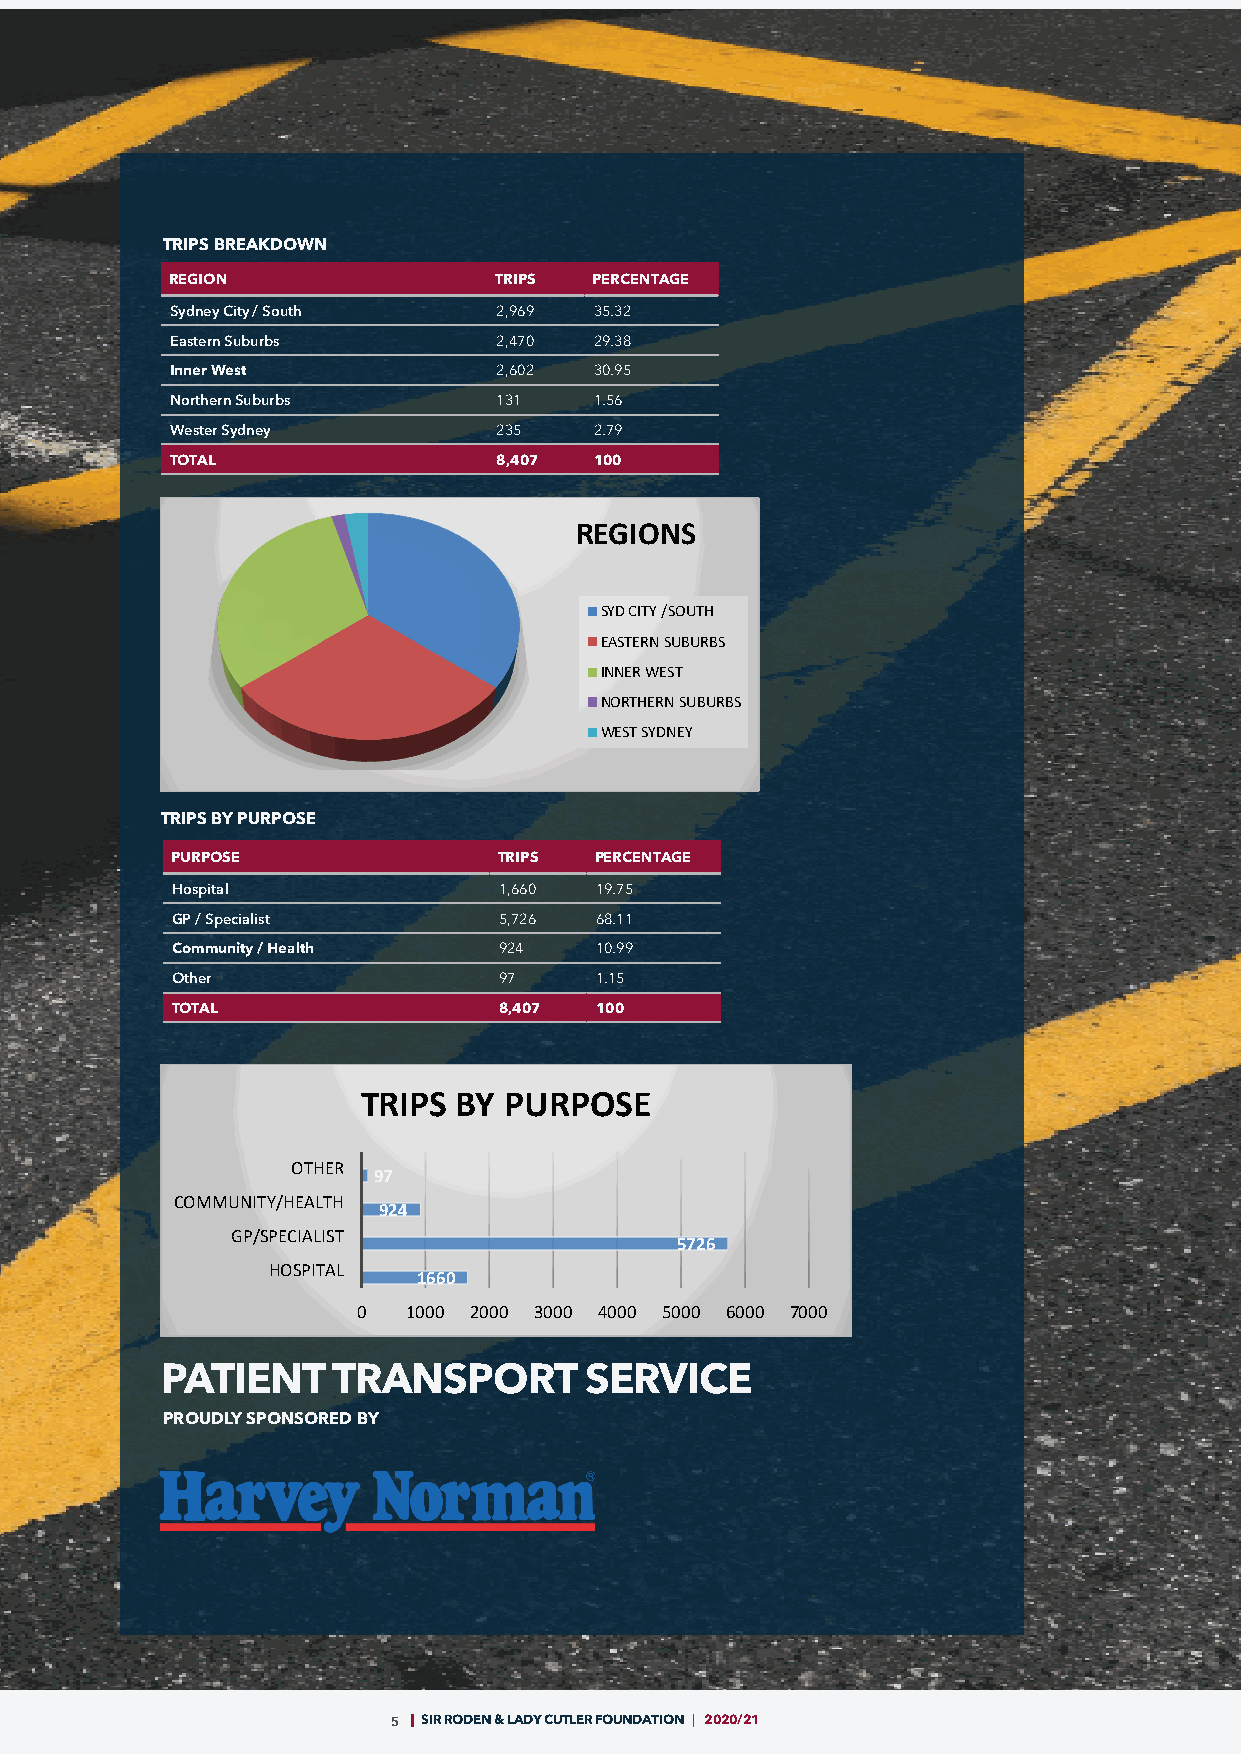
TRIPS BREAKDOWN
 REGION                TRIPS PERCENTAGE
 Sydney City / South   2,969 35.32
 Eastern Suburbs       2,470 29.38
 Inner West            2,602 30.95
 Northern Suburbs      131   1.56
 Wester Sydney         235   2.79
 TOTAL                 8,407 100
 REGIONS
 SYD CITY /SOUTH
 EASTERN SUBURBS
 INNER WEST
 NORTHERN SUBURBS
 WEST SYDNEY
 TRIPS BY PURPOSE
 PURPOSE               TRIPS PERCENTAGE
 Hospital              1,660 19.75
 GP / Specialist       5,726 68.11
 Community / Health    924   10.99
 Other                 97    1.15
 TOTAL                 8,407 100
 TRIPS BY PURPOSE
 OTHER
 97
 COMMUNITY/HEALTH
 924
 GP/SPECIALIST
 5726
 HOSPITAL
 1660
 0  1000 2000 3000 4000 5000 6000 7000
 PATIENT    TRANSPORT        SERVICE
 PROUDLY SPONSORED BY
 5 SIR RODEN & LADY CUTLER FOUNDATION | 2020/21